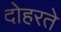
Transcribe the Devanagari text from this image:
दोहरते